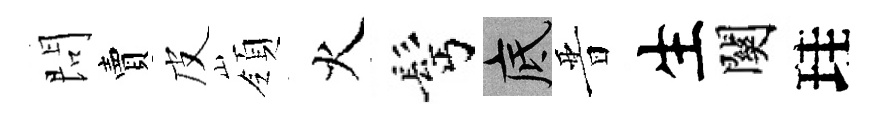
問賣皮嶺火髩底晋生關珪